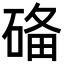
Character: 𥓶